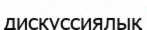
дискуссиялық